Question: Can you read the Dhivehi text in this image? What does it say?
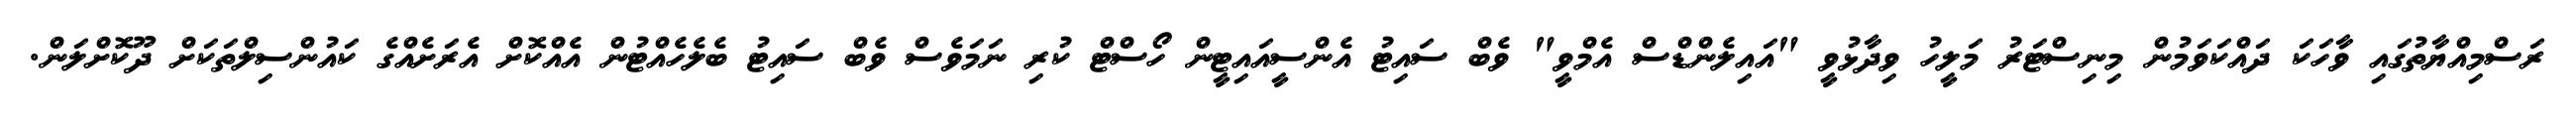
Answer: ރަސްމިއްޔާތުގައި ވާހަކަ ދައްކަވަމުން މިނިސްޓަރު މަލީހު ވިދާޅުވީ "އައިލެންޑްސް އެމްވީ" ވެބް ސައިޓު އެންސީއައިޓީން ހޯސްޓް ކުރި ނަމަވެސް ވެބް ސައިޓު ބެލެހެއްޓުން އެއްކޮށް އެރަށެއްގެ ކައުންސިލްތަކަށް ދޫކޮށްލަން.